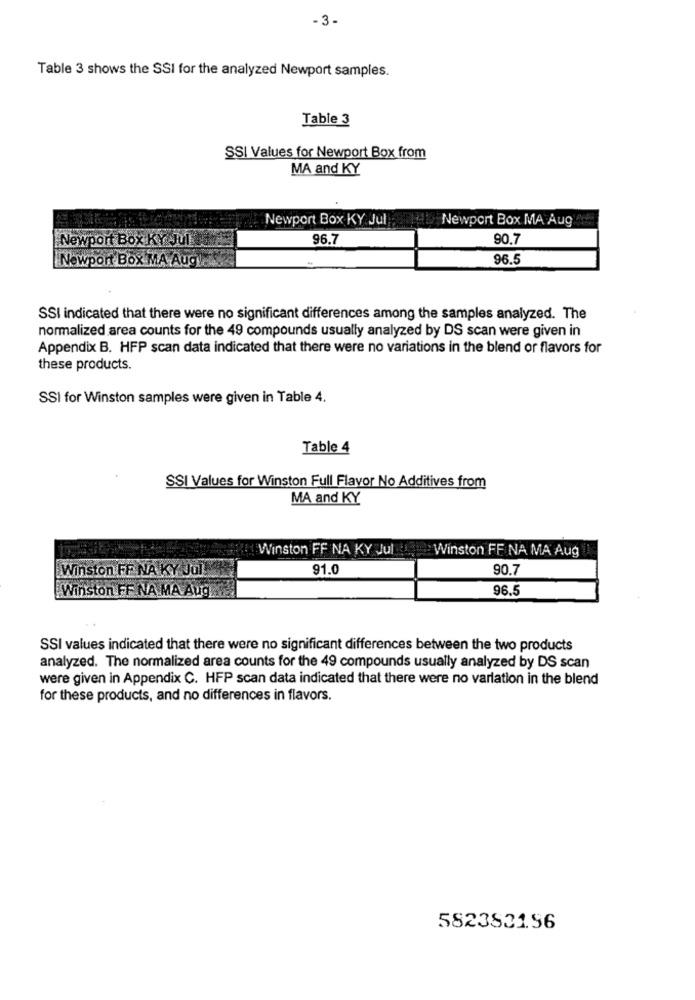
-3-
Table 3 shows the SSI for the analyzed Newport samples.
Table 3
SSI Values for Newport Box from
MA and KY
Newport Box KY Jul
Newport Box MA Aug
Newport Box KY -Jul
96.7
90.7
Newport Box MA Aug
96.5
SSI indicated that there were no significant differences among the samples analyzed. The
normalized area counts for the 49 compounds usually analyzed by DS scan were given in
Appendix B. HFP scan data indicated that there were no variations in the blend or flavors for
these products.
SSI for Winston samples were given in Table 4.
Table 4
SSI Values for Winston Full Flavor No Additives from
MA and KY
Winston FF NA KY Jul
Winston FF NA MA Aug
91.0
90.7
Winston FF NA KY Jol
Winston FF NA MA Aug.
96.5
SSI values indicated that there were no significant differences between the two products
analyzed. The normalized area counts for the 49 compounds usually analyzed by DS scan
were given in Appendix C. HFP scan data indicated that there were no varlation in the blend
for these products, and no differences in flavors.
5823831.56